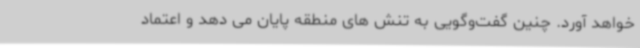
خواهد آورد. چنین گفت‌وگویی به تنش های منطقه پایان می دهد و اعتماد